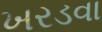
ખરડવા